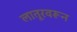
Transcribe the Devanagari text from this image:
लातूरवरून